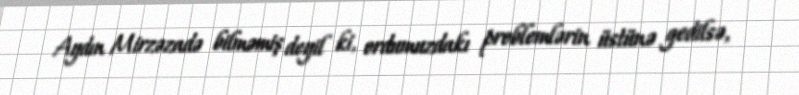
Aydın Mirzəzadə bilməmiş deyil ki, ordumuzdakı problemlərin üstünə gedilsə,